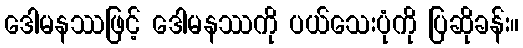
ဒေါမနဿဖြင့် ဒေါမနဿကို ပယ်သေးပုံကို ပြဆိုခန်း။